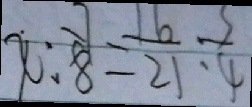
x : \frac { 7 } { 8 } = \frac { 1 6 } { 2 1 } : \frac { 3 } { 4 }